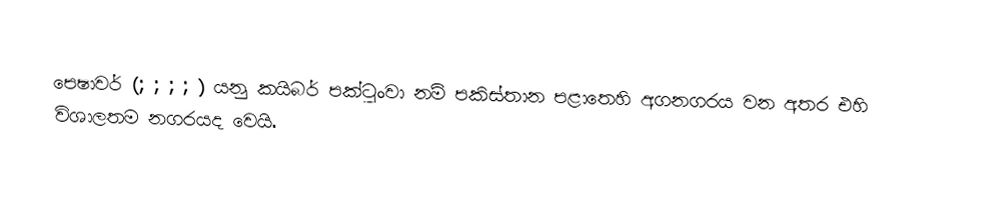
පෙෂාවර් (;  ; ; ;  ) යනු කයිබර් පක්ටුංවා නම් පකිස්තාන පළාතෙහි අගනගරය වන අතර එහි විශාලතම නගරයද වෙයි.